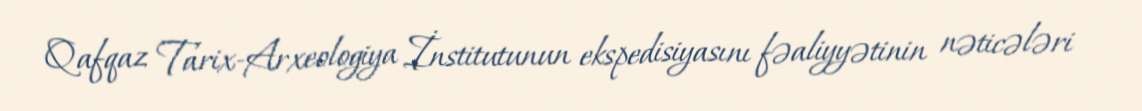
Qafqaz Tarix-Arxeologiya İnstitutunun ekspedisiyasını fəaliyyətinin nəticələri